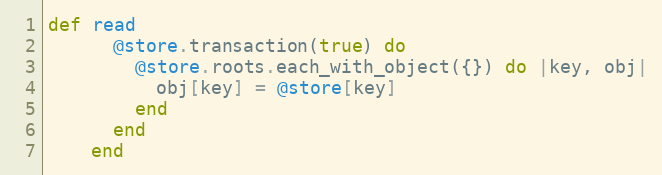
Language: Ruby
def read
      @store.transaction(true) do
        @store.roots.each_with_object({}) do |key, obj|
          obj[key] = @store[key]
        end
      end
    end